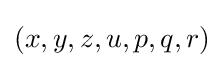
(x,y,z,u,p,q,r)